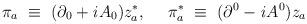
LaTeX: \begin{align*}\pi_a~\equiv~(\partial_0 + {\it i}A_0)z^*_a,~~~~\pi_a^*~\equiv~(\partial^0 - {\it i}A^0)z_a\end{align*}